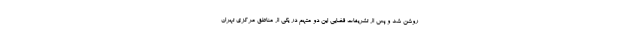
روشن شد و پس از تشریفات قضایی این دو متهم در یکی از مناطق مرکزی تهران